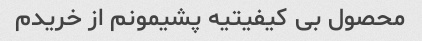
محصول بی کیفیتیه پشیمونم از خریدم